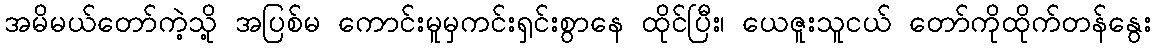
အမိမယ်တော်ကဲ့သို့ အပြစ်မ ကောင်းမူမှကင်းရှင်းစွာနေ ထိုင်ပြီး၊ ယေဇူးသူငယ် တော်ကိုထိုက်တန်နွေး